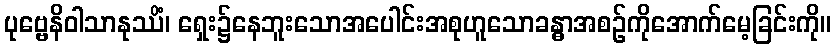
ပုဗ္ဗေနိဝါသာနုဿိံ၊ ရှေး၌နေဘူးသောအပေါင်းအစုဟူသောခန္ဓာအစဉ်ကိုအောက်မေ့ခြင်းကို။